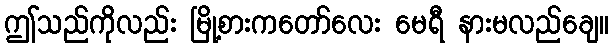
ဤသည်ကိုလည်း မြို့စားကတော်လေး မေရီ နားမလည်ချေ။